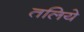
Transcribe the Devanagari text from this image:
तलिये